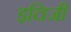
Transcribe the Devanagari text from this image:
इचिजी